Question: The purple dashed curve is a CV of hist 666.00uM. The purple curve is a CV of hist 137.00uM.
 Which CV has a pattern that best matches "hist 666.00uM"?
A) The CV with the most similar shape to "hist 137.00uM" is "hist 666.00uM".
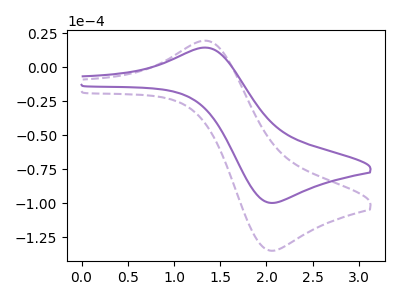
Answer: <think>The purple dashed curve "hist 666.00uM" has an anodic peak at (1.35V, 19.35uA) and a cathodic peak at (2.05V, -135.05uA). The purple curve "hist 137.00uM" has an anodic peak at (1.35V, 14.35uA) and a cathodic peak at (2.05V, -99.90uA).
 All the peaks in "hist 666.00uM" have a peak in "hist 137.00uM" at the same potential. Every peak in "hist 666.00uM" is higher than every peak in "hist 137.00uM".</think>
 <answer>A) The CV with the most similar shape to "hist 137.00uM" is "hist 666.00uM".</answer>
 <eval>A</eval>